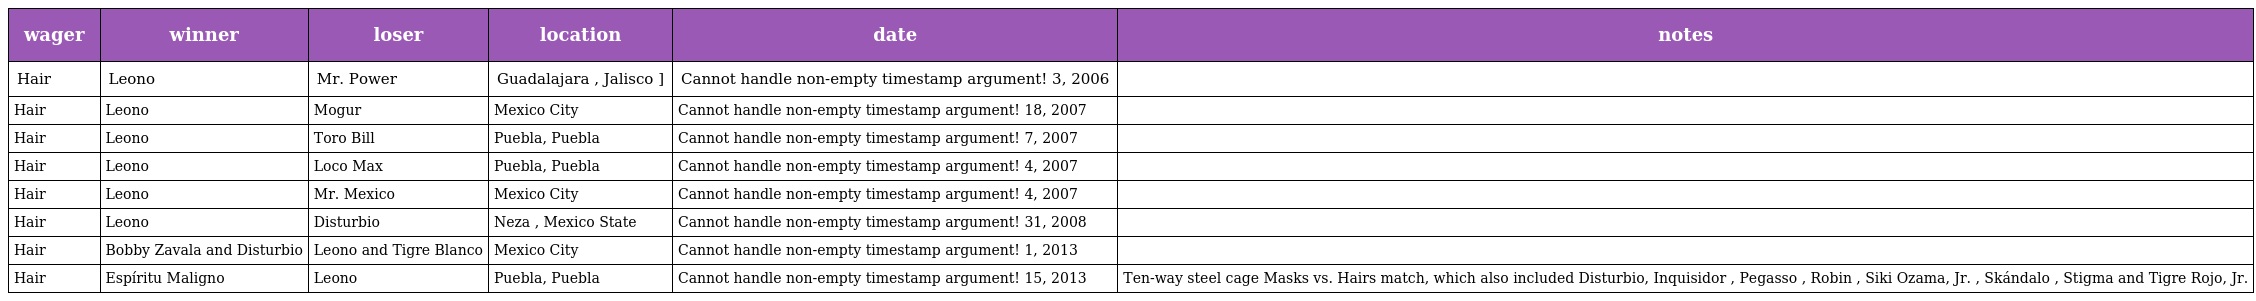
| wager | winner | loser | location | date | notes |
 | --- | --- | --- | --- | --- | --- |
 | Hair | Leono | Mr. Power | Guadalajara , Jalisco ] | Cannot handle non-empty timestamp argument! 3, 2006 |  |
 | Hair | Leono | Mogur | Mexico City | Cannot handle non-empty timestamp argument! 18, 2007 |  |
 | Hair | Leono | Toro Bill | Puebla, Puebla | Cannot handle non-empty timestamp argument! 7, 2007 |  |
 | Hair | Leono | Loco Max | Puebla, Puebla | Cannot handle non-empty timestamp argument! 4, 2007 |  |
 | Hair | Leono | Mr. Mexico | Mexico City | Cannot handle non-empty timestamp argument! 4, 2007 |  |
 | Hair | Leono | Disturbio | Neza , Mexico State | Cannot handle non-empty timestamp argument! 31, 2008 |  |
 | Hair | Bobby Zavala and Disturbio | Leono and Tigre Blanco | Mexico City | Cannot handle non-empty timestamp argument! 1, 2013 |  |
 | Hair | Espíritu Maligno | Leono | Puebla, Puebla | Cannot handle non-empty timestamp argument! 15, 2013 | Ten-way steel cage Masks vs. Hairs match, which also included Disturbio, Inquisidor , Pegasso , Robin , Siki Ozama, Jr. , Skándalo , Stigma and Tigre Rojo, Jr. |